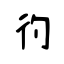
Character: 彴